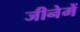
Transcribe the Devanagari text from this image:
जीनेमें